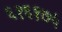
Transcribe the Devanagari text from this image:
६१६१७५